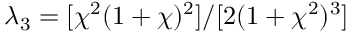
\lambda _ { 3 } = [ \chi ^ { 2 } ( 1 + \chi ) ^ { 2 } ] / [ 2 ( 1 + \chi ^ { 2 } ) ^ { 3 } ]